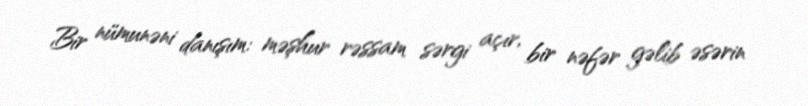
Bir nümunəni danışım: məşhur rəssam sərgi açır, bir nəfər gəlib əsərin